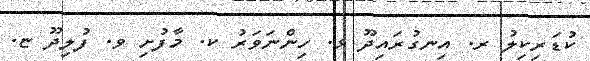
ކުޑަރިކިލު ރ. އިނގުރައިދޫ ޅ. ހިންނަވަރު ކ. މާފުށި ވ. ފުލިދޫ ޏ.